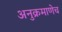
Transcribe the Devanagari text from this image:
अनुक्रमाणेच